Leaving Certificate Examination (including Day School Certificate (Higher) General paper), 1930
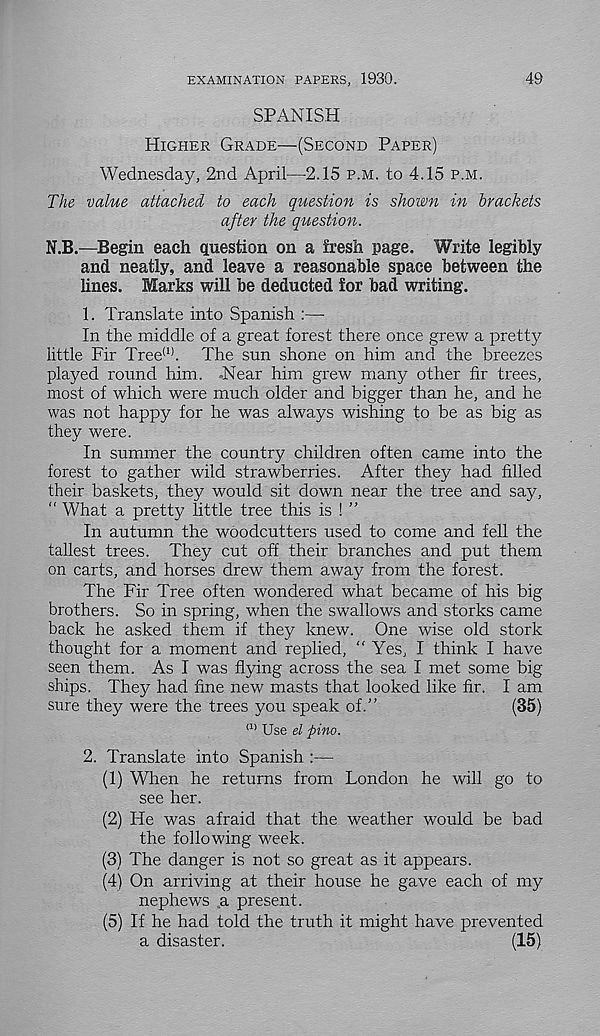
49
EXAMINATION PAPERS, 1930.
SPANISH
Higher Grade—(Second Paper)
Wednesday, 2nd April—2.15 p.m. to 4.15 p.m.
The value attacked to each question is shown in brackets
after the question.
N.B.—Begin each question on a fresh page. Write legibly
and neatly, and leave a reasonable space between the
lines. Marks will be deducted for bad writing.
1. Translate into Spanish :—
In the middle of a great forest there once grew a pretty
little Fir Tree (1) . The sun shone on him and the breezes
played round him. -Near him grew many other fir trees,
most of which were much older and bigger than he, and he
was not happy for he was always wishing to be as big as
they were.
In summer the country children often came into the
forest to gather wild strawberries. After they had filled
their baskets, they would sit down near the tree and say,
“ What a pretty little tree this is ! ”
In autumn the woodcutters used to come and fell the
tallest trees. They cut off their branches and put them
on carts, and horses drew them away from the forest.
The Fir Tree often wondered what became of his big
brothers. So in spring, when the swallows and storks came
back he asked them if they knew. One wise old stork
thought for a moment and replied, “ Yes, I think I have
seen them. As I was flying across the sea I met some big
ships. They had fine new masts that looked like fir. I am
sure they were the trees you speak of.”
(35)
a> Use el pino.
2. Translate into Spanish :—
(1) When he returns from London he will go to
see her.
(2) He was afraid that the weather would be bad
the following week.
(3) The danger is not so great as it appears.
(4) On arriving at their house he gave each of my
nephews a present.
(5) If he had told the truth it might have prevented
a disaster.
(15)